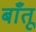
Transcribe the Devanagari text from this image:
बाँतू